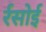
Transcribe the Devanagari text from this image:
र्रसोई